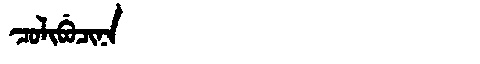
Manchu: ᠴᠣᠯᡳᠪᡠᠴᡳᠨᠠ
Romanization: COLIBUCINA